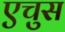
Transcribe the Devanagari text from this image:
एचुस